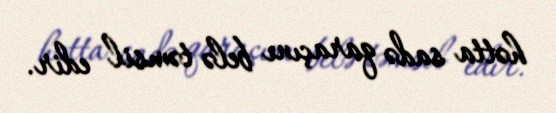
hətta sadə qaraçını belə təmsil edir.